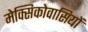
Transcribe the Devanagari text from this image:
मेक्सिकोवासियों